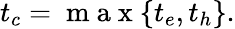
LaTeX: t_{c}=\mathrm{~m~a~x~}\{ t_{e},t_{h}\} .